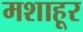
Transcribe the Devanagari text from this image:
मशाहूर